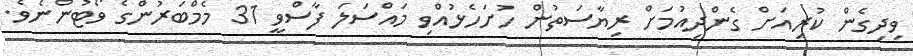
ވިދިގެން ކުރިއަށް ގެންދިއުމަށް ރިޔާސަތުން ހުށަހެޅުއްވި މައްސަލަ ފާސްވީ 31 މެމްބަރުންގެ ވޯޓުންނެވެ.